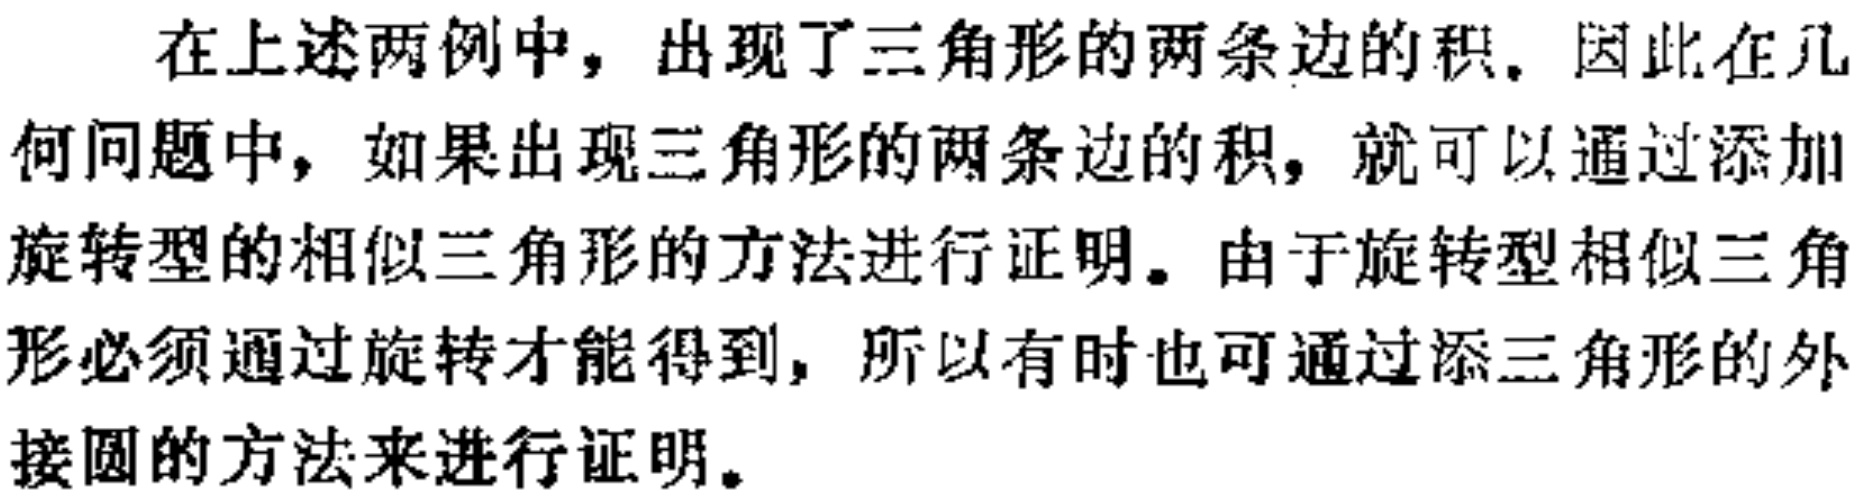
在上述两例中，出现了三角形的两条边的积。因此在几何问题中，如果出现三角形的两条边的积，就可以通过添加旋转型的相似三角形的方法进行证明。由于旋转型相似三角形必须通过旋转才能得到，所以有时也可通过添三角形的外接圆的方法来进行证明。